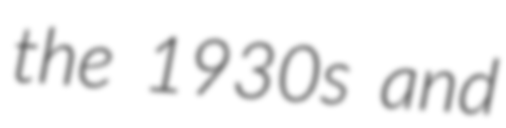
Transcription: the 1930s and